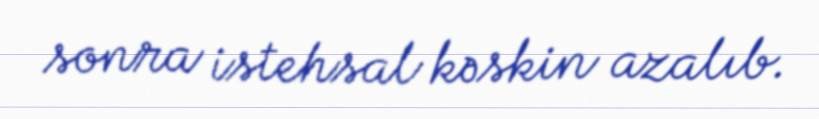
sonra istehsal kəskin azalıb.